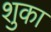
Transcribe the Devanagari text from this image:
शुका